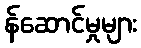
န်ဆောင်မှုများ